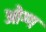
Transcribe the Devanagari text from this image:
ओग्ग